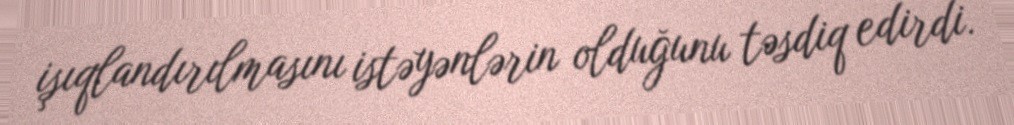
işıqlandırılmasını istəyənlərin olduğunu təsdiq edirdi.